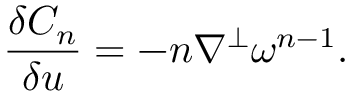
\frac { \delta C _ { n } } { \delta u } = - n \nabla ^ { \perp } \omega ^ { n - 1 } .